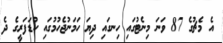
އެ މެޗުގެ 87 ވަނަ މިނެޓުގައި ހިނގައި ދިޔަ ހަމަނުޖެހުމުގައި ކުޑަފަރީގެ ދެ